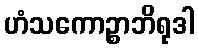
ဟံသကောဉ္စာဘိရုဒါ